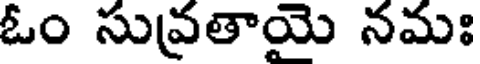
ఓం సువ్రతాయై నమః